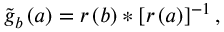
\tilde { g } _ { b } \left( a \right) = r \left( b \right) * \left[ r \left( a \right) \right] ^ { - 1 } ,